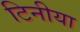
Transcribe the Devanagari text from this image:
टिनीया